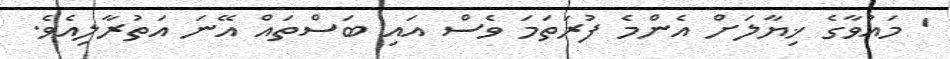
' މައުވާގެ ޚިޔާލަށް އެންމެ ފުރަތަމަ ވެސް އައި ބަސްތައް އޭނަ އަތުރާލިއެވެ.